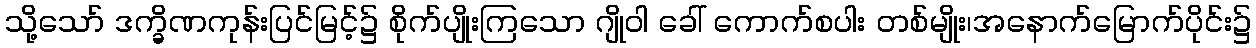
သို့သော် ဒက္ခိဏကုန်းပြင်မြင့်၌ စိုက်ပျိုးကြသော ဂျိုဝါ ခေါ် ကောက်စပါး တစ်မျိုး၊အနောက်မြောက်ပိုင်း၌